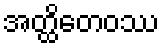
အတ္ထိတေဝဿ